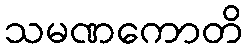
သမဏကောတိ